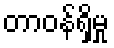
တာဝန်ရှိမှု